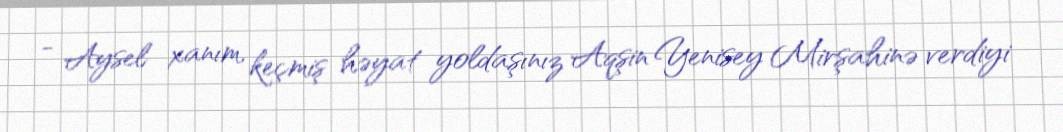
- Aysel xanım, keçmiş həyat yoldaşınız Aqşin Yenisey Mirşahinə verdiyi